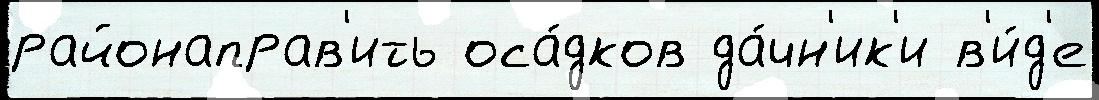
районаправ'ить оса́дков да́чн'ик'и в'и́д'е